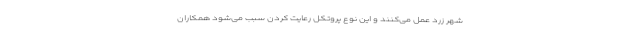
شهر زرد عمل می‌کنند و این نوع پروتکل‌ رعایت کردن سبب می‌شود همکاران